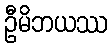
ဦမိဘယဿ